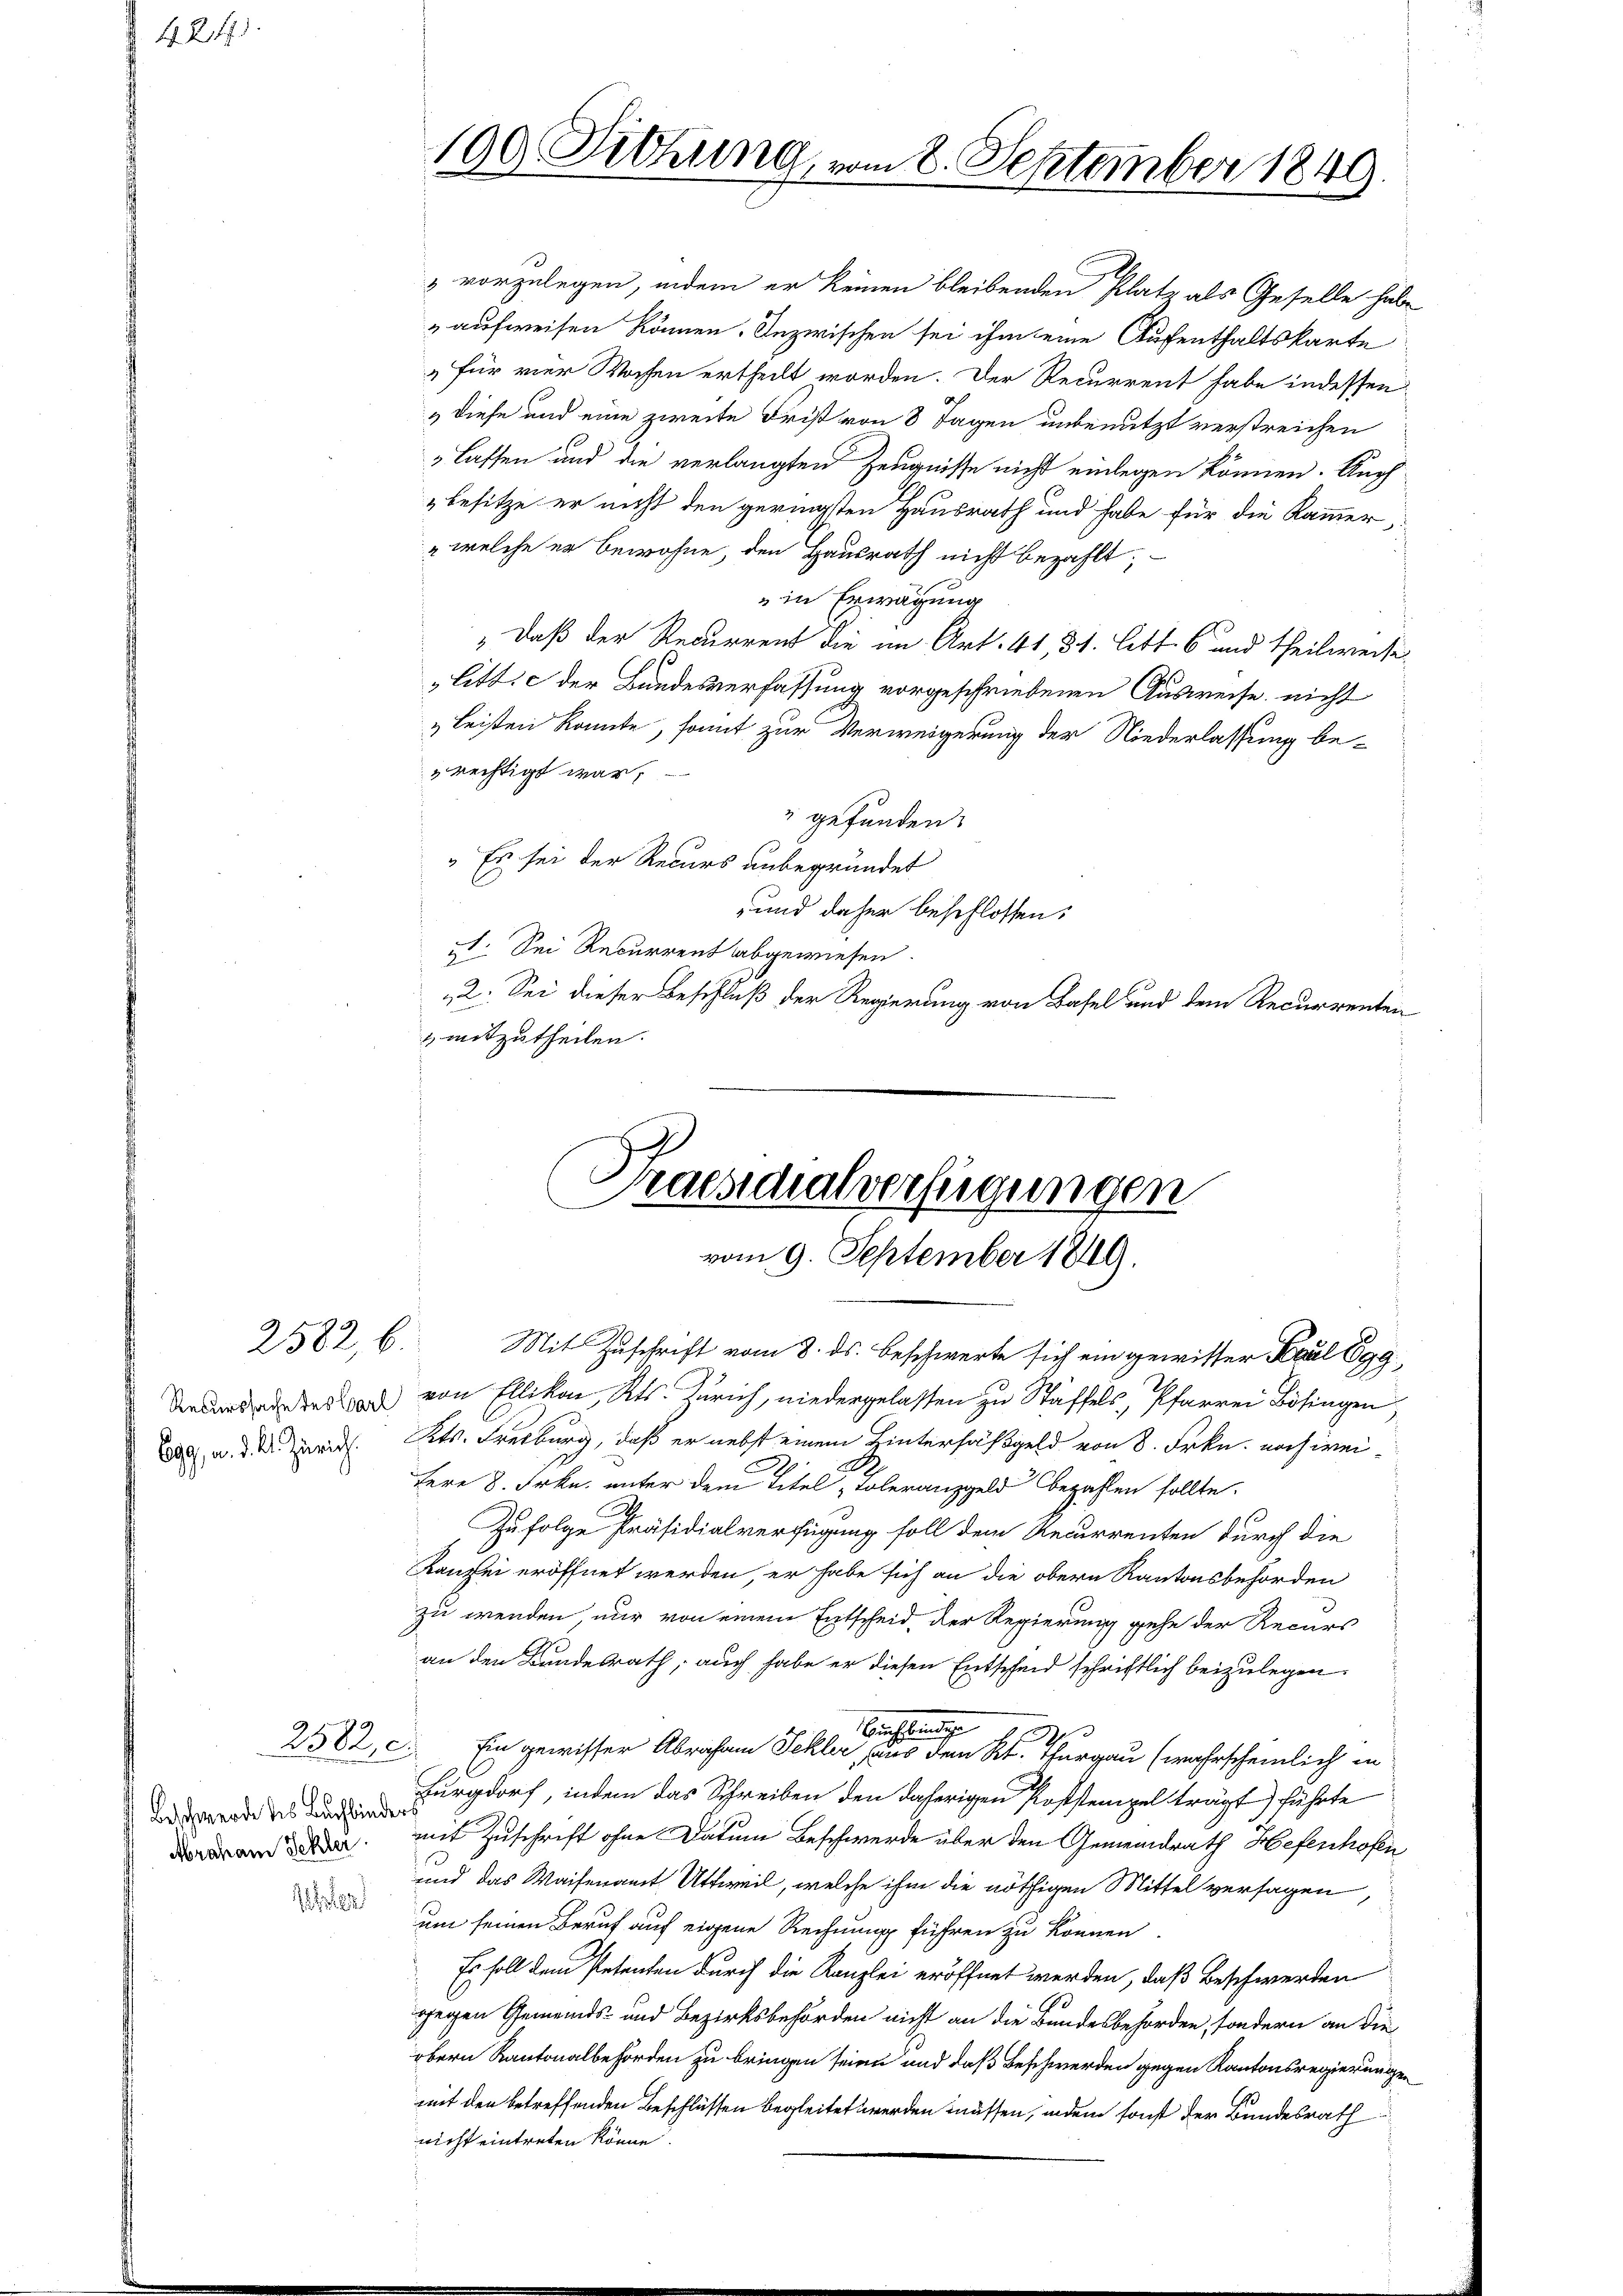
4. 217.

2582, b.

2582

Beschwerde des Buchbinder
Abraham Schler.

e

100. Diehung, vom 2. September 1849.

vorzulegen, indem er keinen bleibenden Platz als Geselle habe
aufweisen können. Inzwischen sei ihm eine Aufenthaltskarte
„für vier Wochen ertheilt worden. Der Recurrent habe indessen
 Diese und eine zweite Frist von 8 Tagen unbenutzt verstreichen
lassen und die verlangten Zeugnisse nicht einlegen können. Auch
besitze er nicht den geringsten Hausrath und habe für die Kammer
" welche er bewohne, den Hausrath nicht bezahlt;
" in Erwägung
" daß der Recurrent die im Art. 41, 31. Litt. 6 und Theilweise
litt. c der Bundesverfassung vorgeschriebenen Ausweise nicht
& Leisten konnte, somit zur Verweigerung der Niederlassung be-
 rechtigt war,
" gefunden.
„Es sei der Recurs unbegründet
und daher beschlossen:
. Sei Recurrent abgewiesen.
„2. Sei dieser Beschluß der Regierung von Basel und dem Recurrenten
 mitzutheilen.

Praesidialverfügungen
vom 9. September 1849.

Mit Zuschrift vom 8. ds. beschwerte sich ein gewisser Paul Egg
Dieder des von Ellikon, Kts. Zürich, niedergelassen zu Stäffels, Pfarrer Bösingen,
a. a. d. d. d. Kts. Freiburg, daß er nebst einem Hintersäßgeld von 8. Frkn. noch weitere 8. Frkn. unter dem Titel Toleranzgeld bezahlen sollte.
A
Zufolge Präsidialverfügung soll dem Recurrenten durch die
Kanzlei eröffnet werden, er habe sich an die obern Kantonsbehörden
zu wenden, nur von einem Entscheid, der Regierung gehe der Recurs
an den Bundesrath, auch habe er diesen Entscheid schriftlich beizulegen.
Michleunige
s
Ein gewisser Abraham Jekler, aus dem Kt. Thurgau (wahrscheinlich in
Burgdorf, indem das Schreiben den daherigen Poststempel trägt) führte
mit Zuschrift ohne Datum Beschwerde über den Gemeindrath Hefenhofen
und das Waisenamt Uttweil, welche ihm die nöthigen Mittel versagen,
um seinen Beruf auf eigene Rechnung führen zu können.
Es soll dem Petenten durch die Kanzlei eröffnet werden, daß Beschwerden
gegen Gemeinds- und Bezirksbehörden nicht an die Bundesbehörden, sondern an die
bern Kantonalbehörden zu bringen seien und daß Beschwerden gegen Kantonsregierungen
mit den betreffenden Beschlüssen begleitet werden müssen, indem sonst der Bundesrath
nicht eintreten könne.